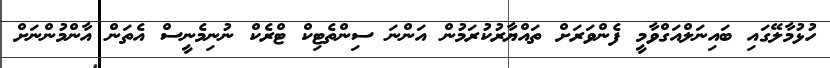
ހުޅުމާލޭގައި ބައިނަލްއަގްވާމީ ފެންވަރަށް ތައްޔާރުކުރަމުން އަންނަ ސިންތެޓިކް ޓްރެކް ނުނިމެނީސް އެތަން އާންމުންނަށް